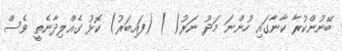
ބޭނުންކުރާ ކާނާގައި ހުންނަ މަދު ނަރު( ) (ފައިބަރު) ކޮޅު ގެއްލިދާނެތީ ވެސް